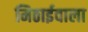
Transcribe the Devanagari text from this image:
मिठार्इवाला